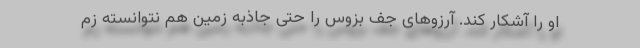
او را آشکار کند. آرزوهای جف بزوس را حتی جاذبه زمین هم نتوانسته زم